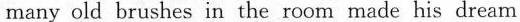
many old brushes in the room made his dream